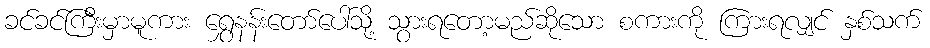
ခင်ခင်ကြီးမှာမူကား ရွှေနန်းတော်ပေါ်သို့ သွားရတော့မည်ဆိုသော စကားကို ကြားရလျှင် နှစ်သက်